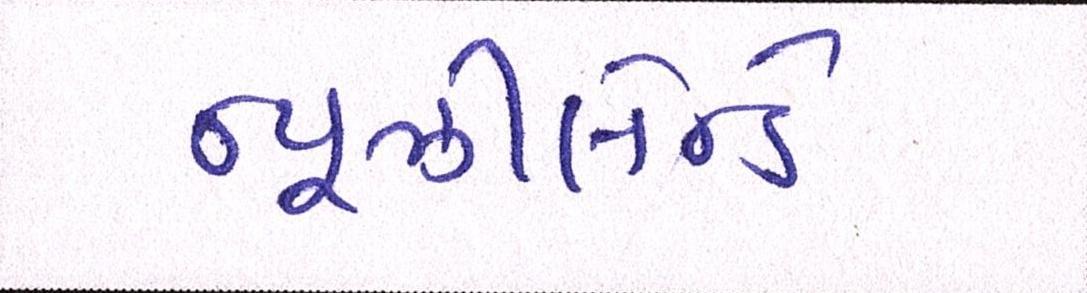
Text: ન્યૂઝીલેન્ડે